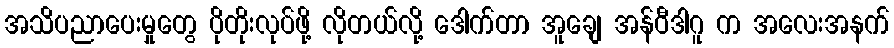
အသိပညာပေးမှုတွေ ပိုတိုးလုပ်ဖို့ လိုတယ်လို့ ဒေါက်တာ အူချေ အန်ဝီဒါဂူ က အလေးအနက်